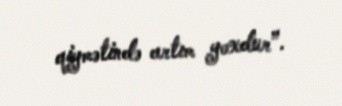
qiymətində artım yoxdur”.